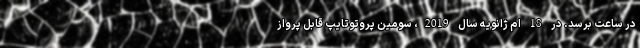
در ساعت برسد. در 18 ام ژانویه سال 2019، سومین پروتوتایپ قابل پرواز